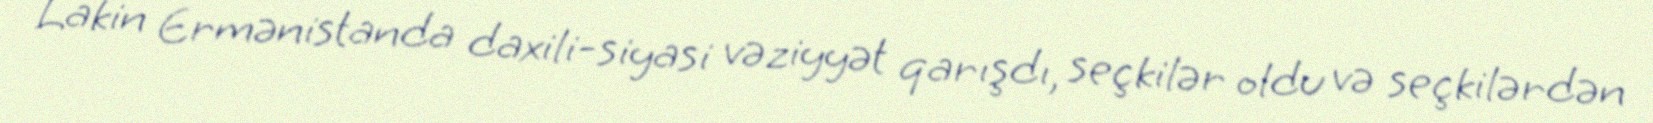
Lakin Ermənistanda daxili-siyasi vəziyyət qarışdı, seçkilər oldu və seçkilərdən